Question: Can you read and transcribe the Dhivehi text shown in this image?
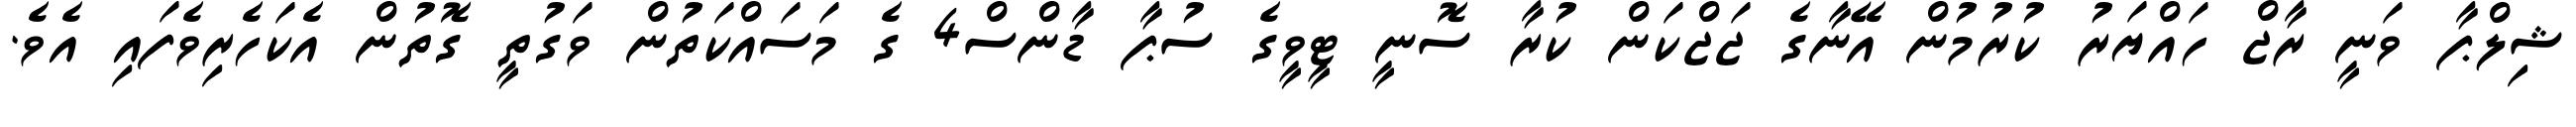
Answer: ޝިލްޕާ ވަނީ ރާޖް ހައްޔަރު ކުރުމުން އޭނާގެ ޖަޖްކަން ކުރާ ސޮނީ ޓީވީގެ ސުޕާ ޑާންސް4 ގެ މަސައްކަތުން ވަގުތީ ގޮތުން އެކަހެރިވެފައި އެވެ.